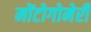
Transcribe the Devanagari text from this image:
मोंटोगोमेरी